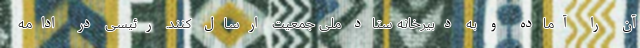
آن را آماده و به دبیرخانه ستاد ملی جمعیت ارسال کنند. رئیسی در ادامه